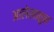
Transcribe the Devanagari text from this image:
आलेखातून